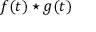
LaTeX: f ( t ) \star g ( t )